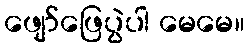
ဖျော်ဖြေပွဲပါ မေမေ။